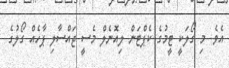
އެވެ. މި ގޯލަކީ ޓީމުގެ ކެޕްޓަން ލިއޮނެލް މެސީ ޖައްސާލި ޕާހެއް ގޯލުގެ